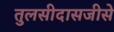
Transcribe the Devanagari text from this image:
तुलसीदासजीसे